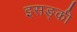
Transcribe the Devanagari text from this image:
इसङ्की